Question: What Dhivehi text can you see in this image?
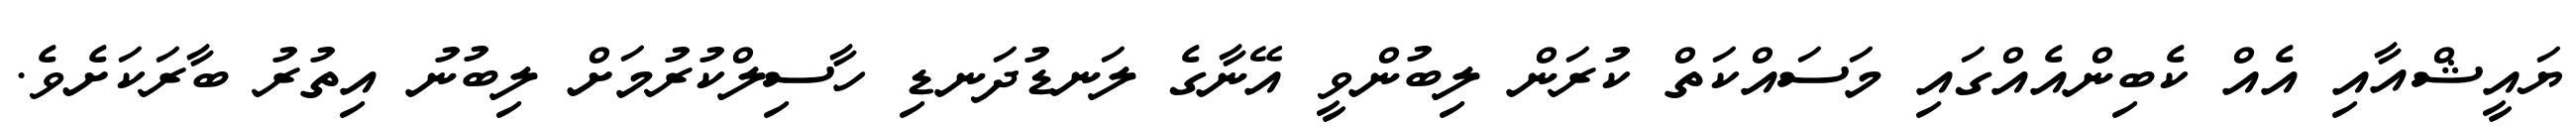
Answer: ޔައީޝްއާއި އެއް ކެބިންއެއްގައި މަސައްކަތް ކުރަން ލިބުންވީ އޭނާގެ ލަނޑުދަނޑި ހާސިލްކުރުމަށް ލިބުނު އިތުރު ބާރަކަށެވެ.